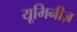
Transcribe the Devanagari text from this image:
यूमिनीज़